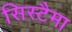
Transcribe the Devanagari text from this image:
सिस्टैमा